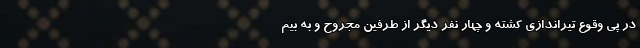
در پی وقوع تیراندازی کشته و چهار نفر دیگر از طرفین مجروح و به بیم